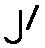
၂/